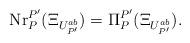
LaTeX: \begin{align*} \mathrm{Nr}_P^{P'}(\Xi_{U_{P'}^{ab}})=\Pi_P^{P'}(\Xi_{U_{P'}^{ab}}).\end{align*}